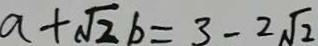
a + \sqrt { 2 } b = 3 - 2 \sqrt { 2 }